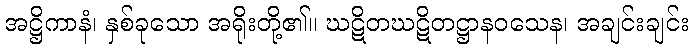
အဋ္ဌိကာနံ၊ နှစ်ခုသော အရိုးတို့၏။ ဃဋိတဃဋိတဋ္ဌာနဝသေန၊ အချင်းချင်း